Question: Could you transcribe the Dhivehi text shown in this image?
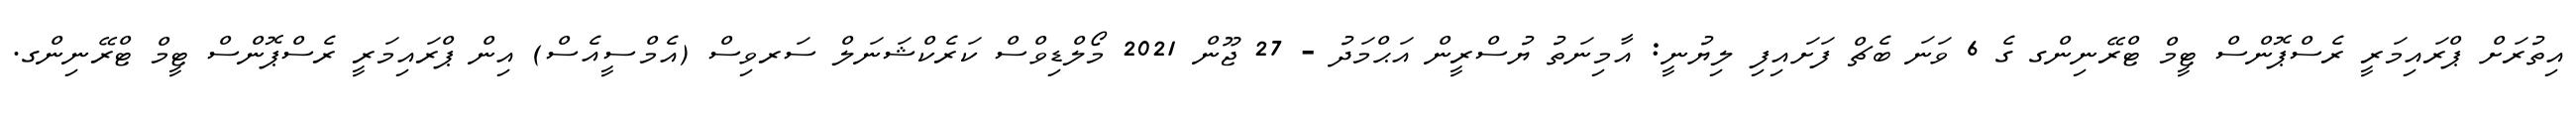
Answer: އިތުރަށް ޕްރައިމަރީ ރެސްޕޮންސް ޓީމް ޓްރޭނިންގ ގެ 6 ވަނަ ބެޗް ފަށައިފި ލިޔުނީ: އާމިނަތު ޔުސްރީން އަޙްމަދު - 27 ޖޫން 2021 މޯލްޑިވްސް ކަރެކްޝަނަލް ސަރވިސް (އެމްސީއެސް) އިން ޕްރައިމަރީ ރެސްޕޮންސް ޓީމް ޓްރޭނިންގ.